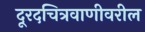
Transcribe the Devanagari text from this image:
दूरदचित्रवाणीवरील